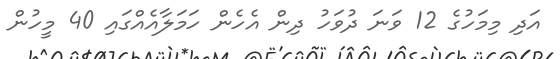
އަދި މިމަހުގެ 12 ވަނަ ދުވަހު ދިން އެހެން ހަމަލާއެއްގައި 40 މީހުން